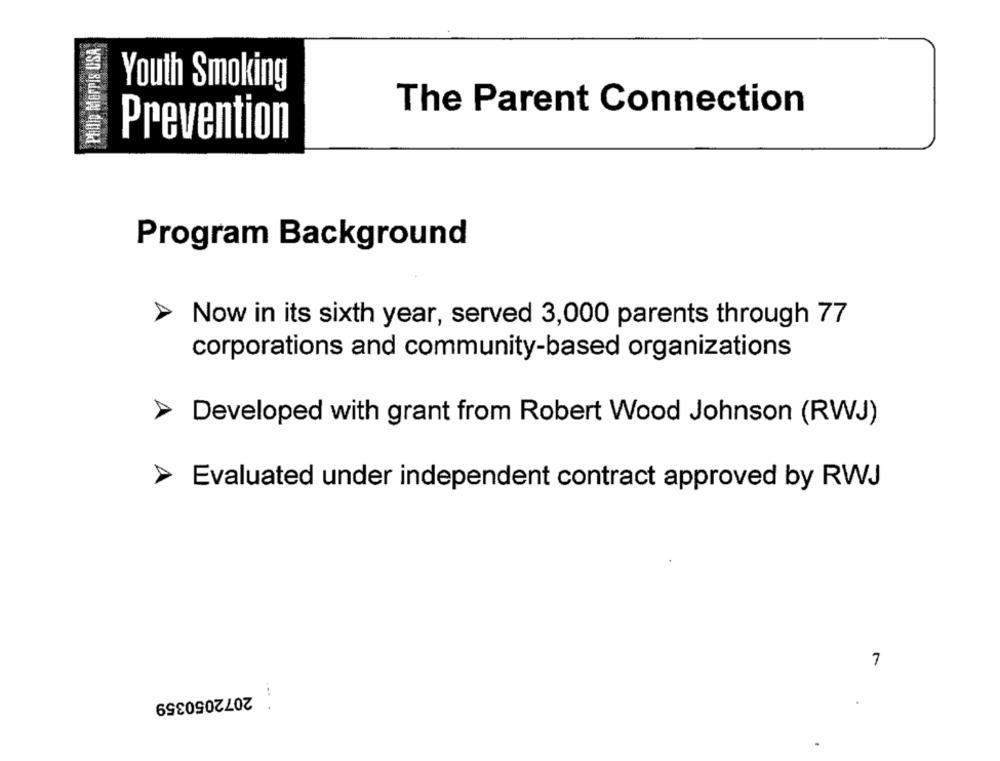
Phillip Morris USA
Youth Smoking
The Parent Connection
Prevention
Program Background
Now in its sixth year, served 3,000 parents through 77
corporations and community-based organizations
Developed with grant from Robert Wood Johnson (RWJ)
Evaluated under independent contract approved by RWJ
7
2072050359
... .
.